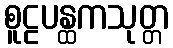
စူဠပန္ထကသုတ္တ